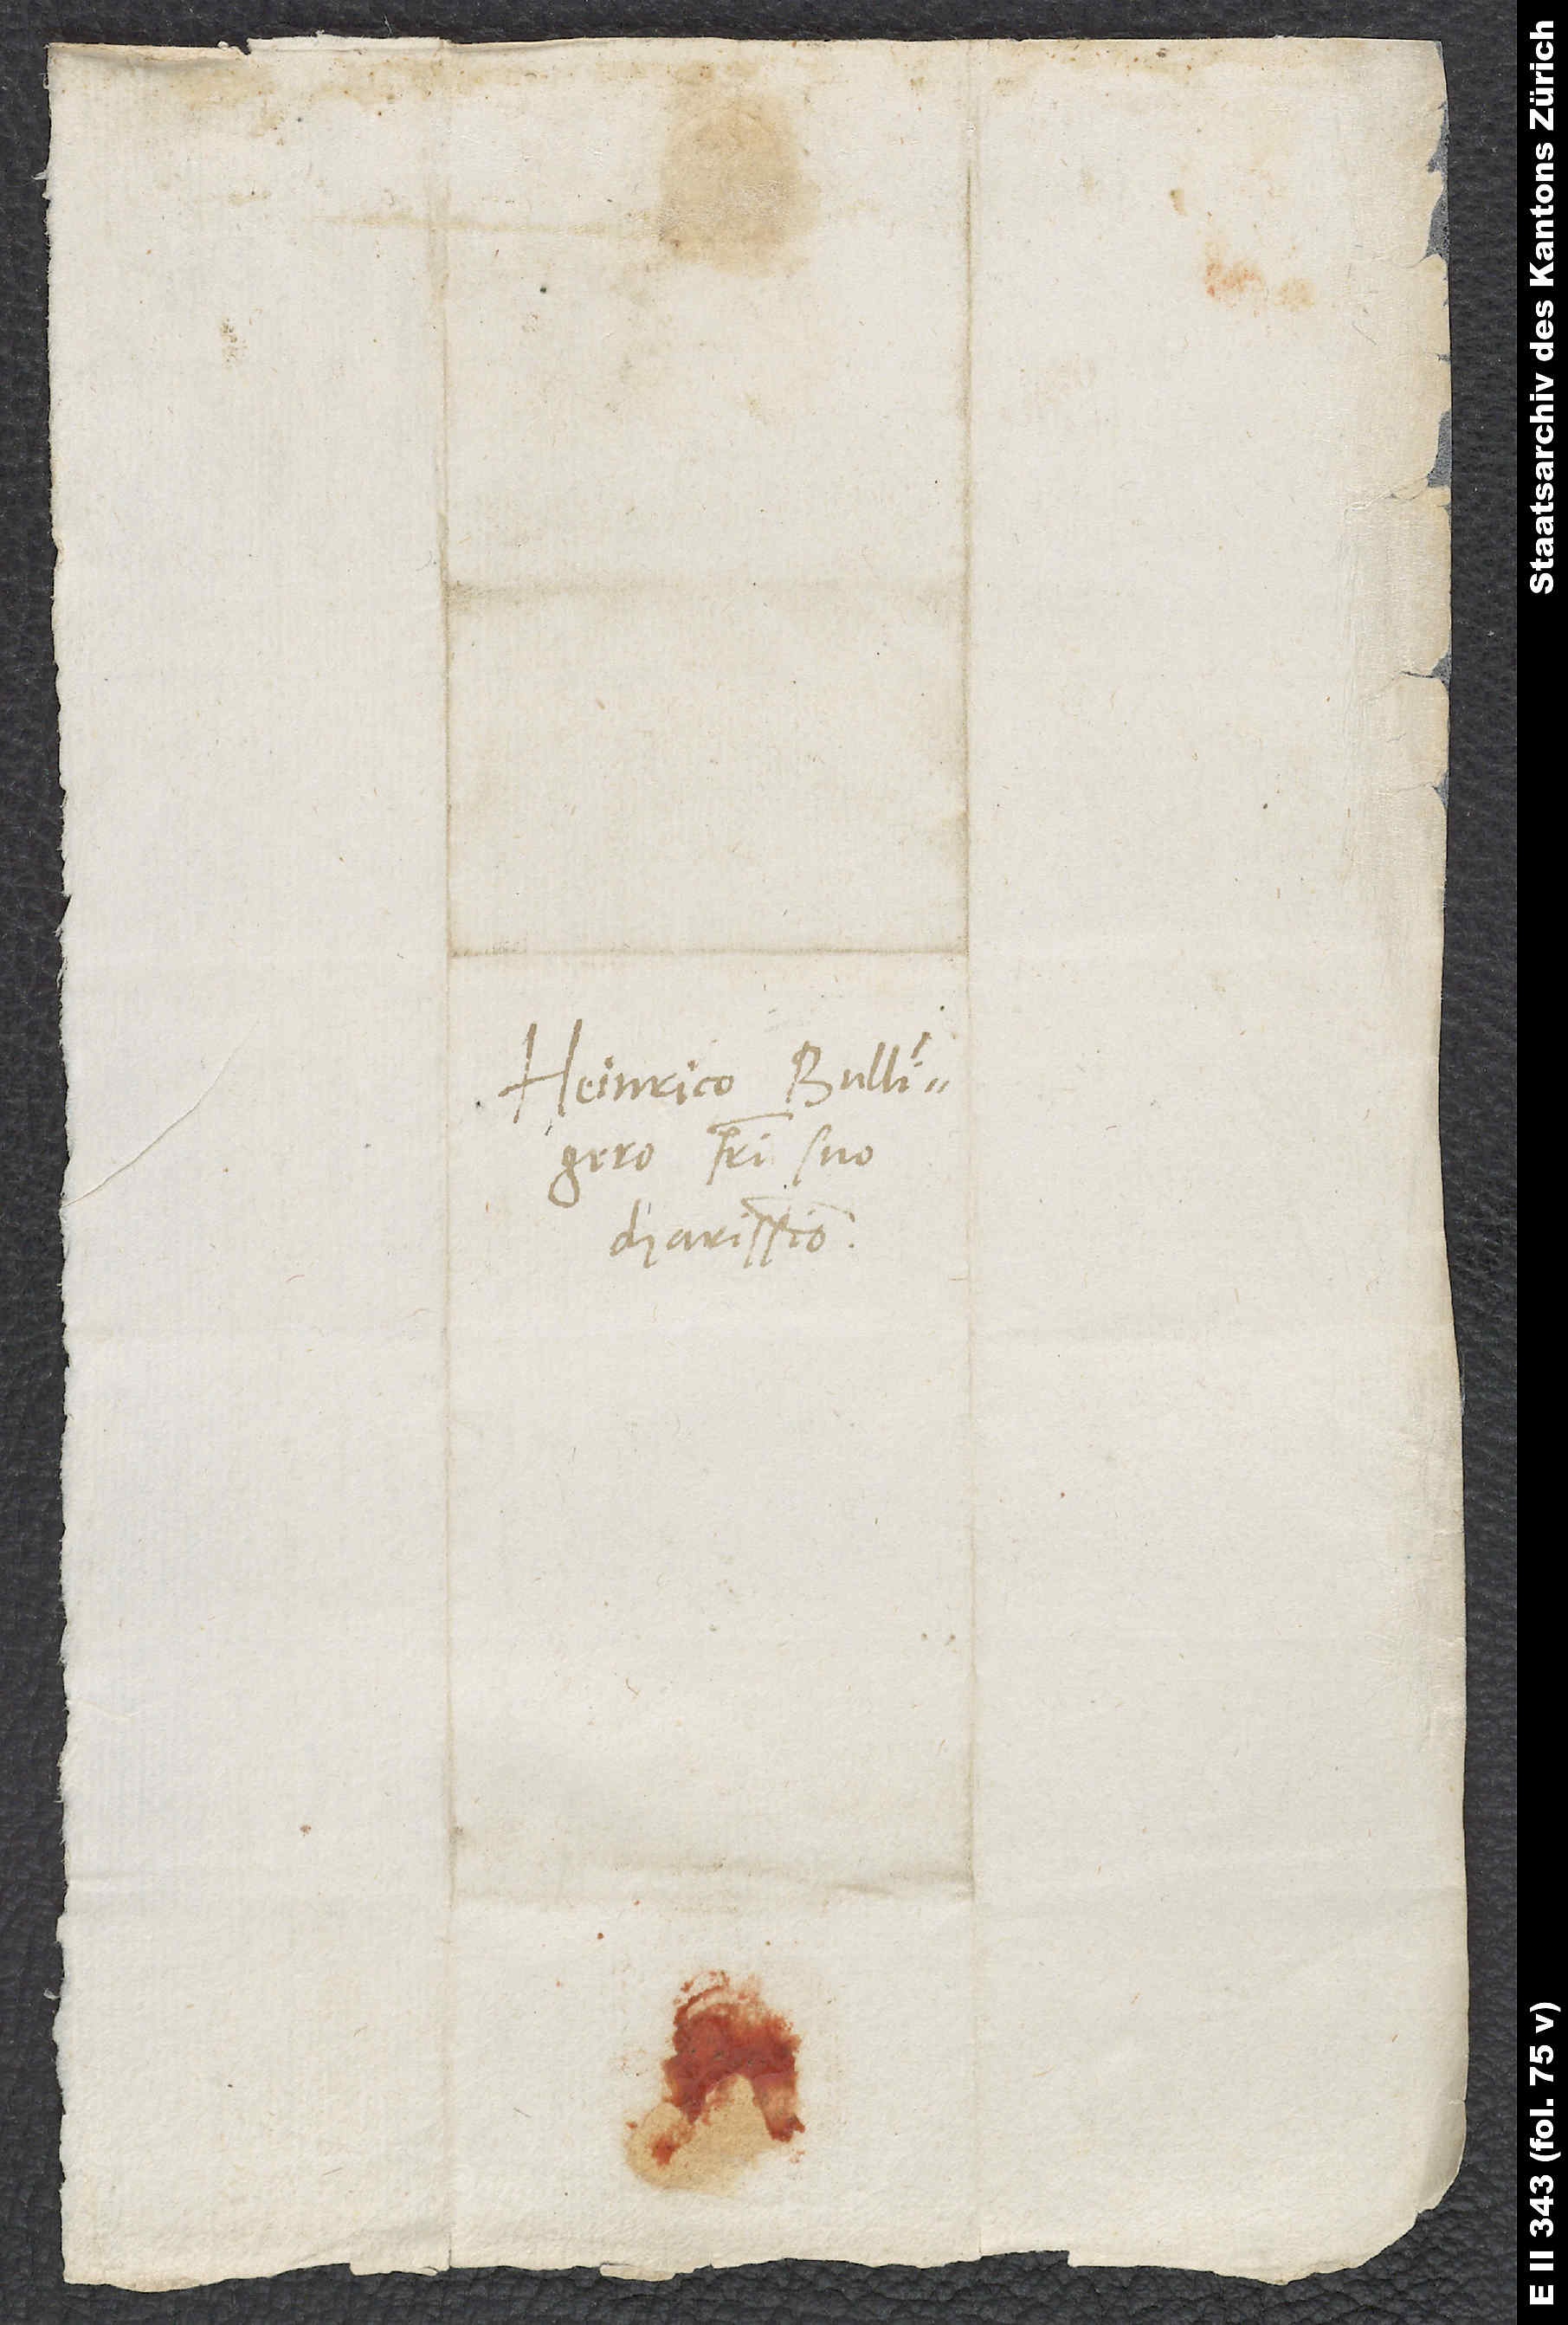
Heinrico Bullingero,
fratri suo
charissimo.